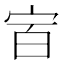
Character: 𰌼